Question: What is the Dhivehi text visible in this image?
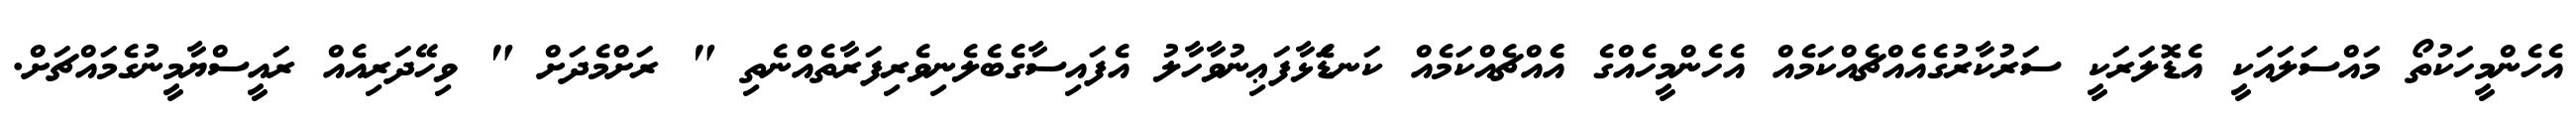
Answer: އެހެންމީހަކުތޯ މައްސަލައަކީ އެޑޮލަރަކީ ސަރުކާރުގެއެއްޗެއްކަމެއް އެހެންމީހެއްގެ އެެއްޗެއްކަމެއް ކަނޑަެަޅާފަޢިނުވާހާލު އެފައިސާގެބެލެނިވެރިފަރާތެއްނެތި " ރަށްމެދަށް " ވިހޭދަރިއެއް ރައީސްޔާމީނުގެމައްޗަށް.